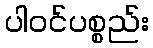
ပါဝင်ပစ္စည်း